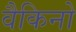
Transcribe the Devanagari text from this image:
वैकिनो